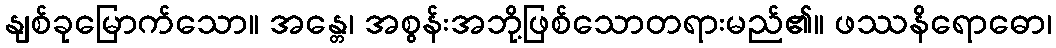
နျစ်ခုမြောက်သော။ အန္တေ၊ အစွန်းအဘို့ဖြစ်သောတရားမည်၏။ ဖဿနိရောဓော၊